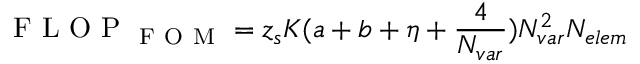
\mathrm { ~ F ~ L ~ O ~ P ~ } _ { \mathrm { ~ F ~ O ~ M ~ } } = z _ { s } K ( a + b + \eta + \frac { 4 } { \ensuremath { N _ { v a r } } } ) \ensuremath { N _ { v a r } } ^ { 2 } \ensuremath { N _ { e l e m } }